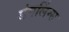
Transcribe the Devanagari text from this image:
डंपलिंग्स